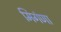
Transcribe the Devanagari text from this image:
मिगंणा